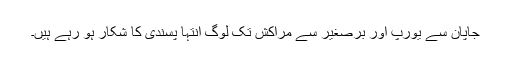
جاپان سے یورپ اور برصغیر سے مراکش تک لوگ انتہا پسندی کا شکار ہو رہے ہیں۔